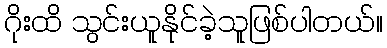
ဂိုးထိ သွင်းယူနိုင်ခဲ့သူဖြစ်ပါတယ်။